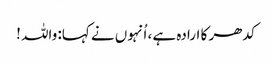
کدھر کا ارادہ ہے ، اُنہوں نے کہا: واللہ !